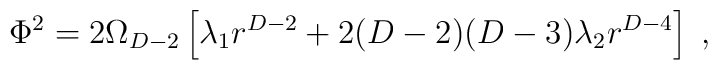
\Phi^2=2\Omega_{D-2}\left[\lambda_1 r^{D-2}+2(D-2)(D-3)\lambda_2 r^{D-4}\right]\;,